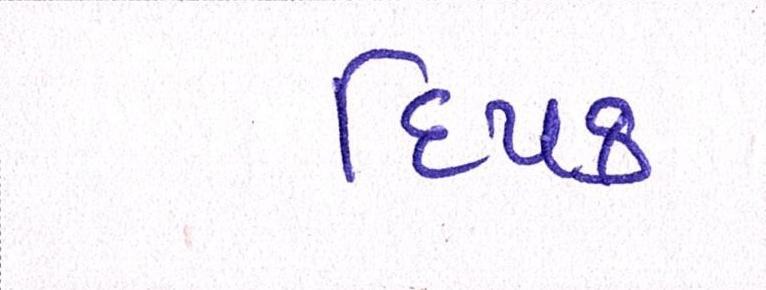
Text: દિપક